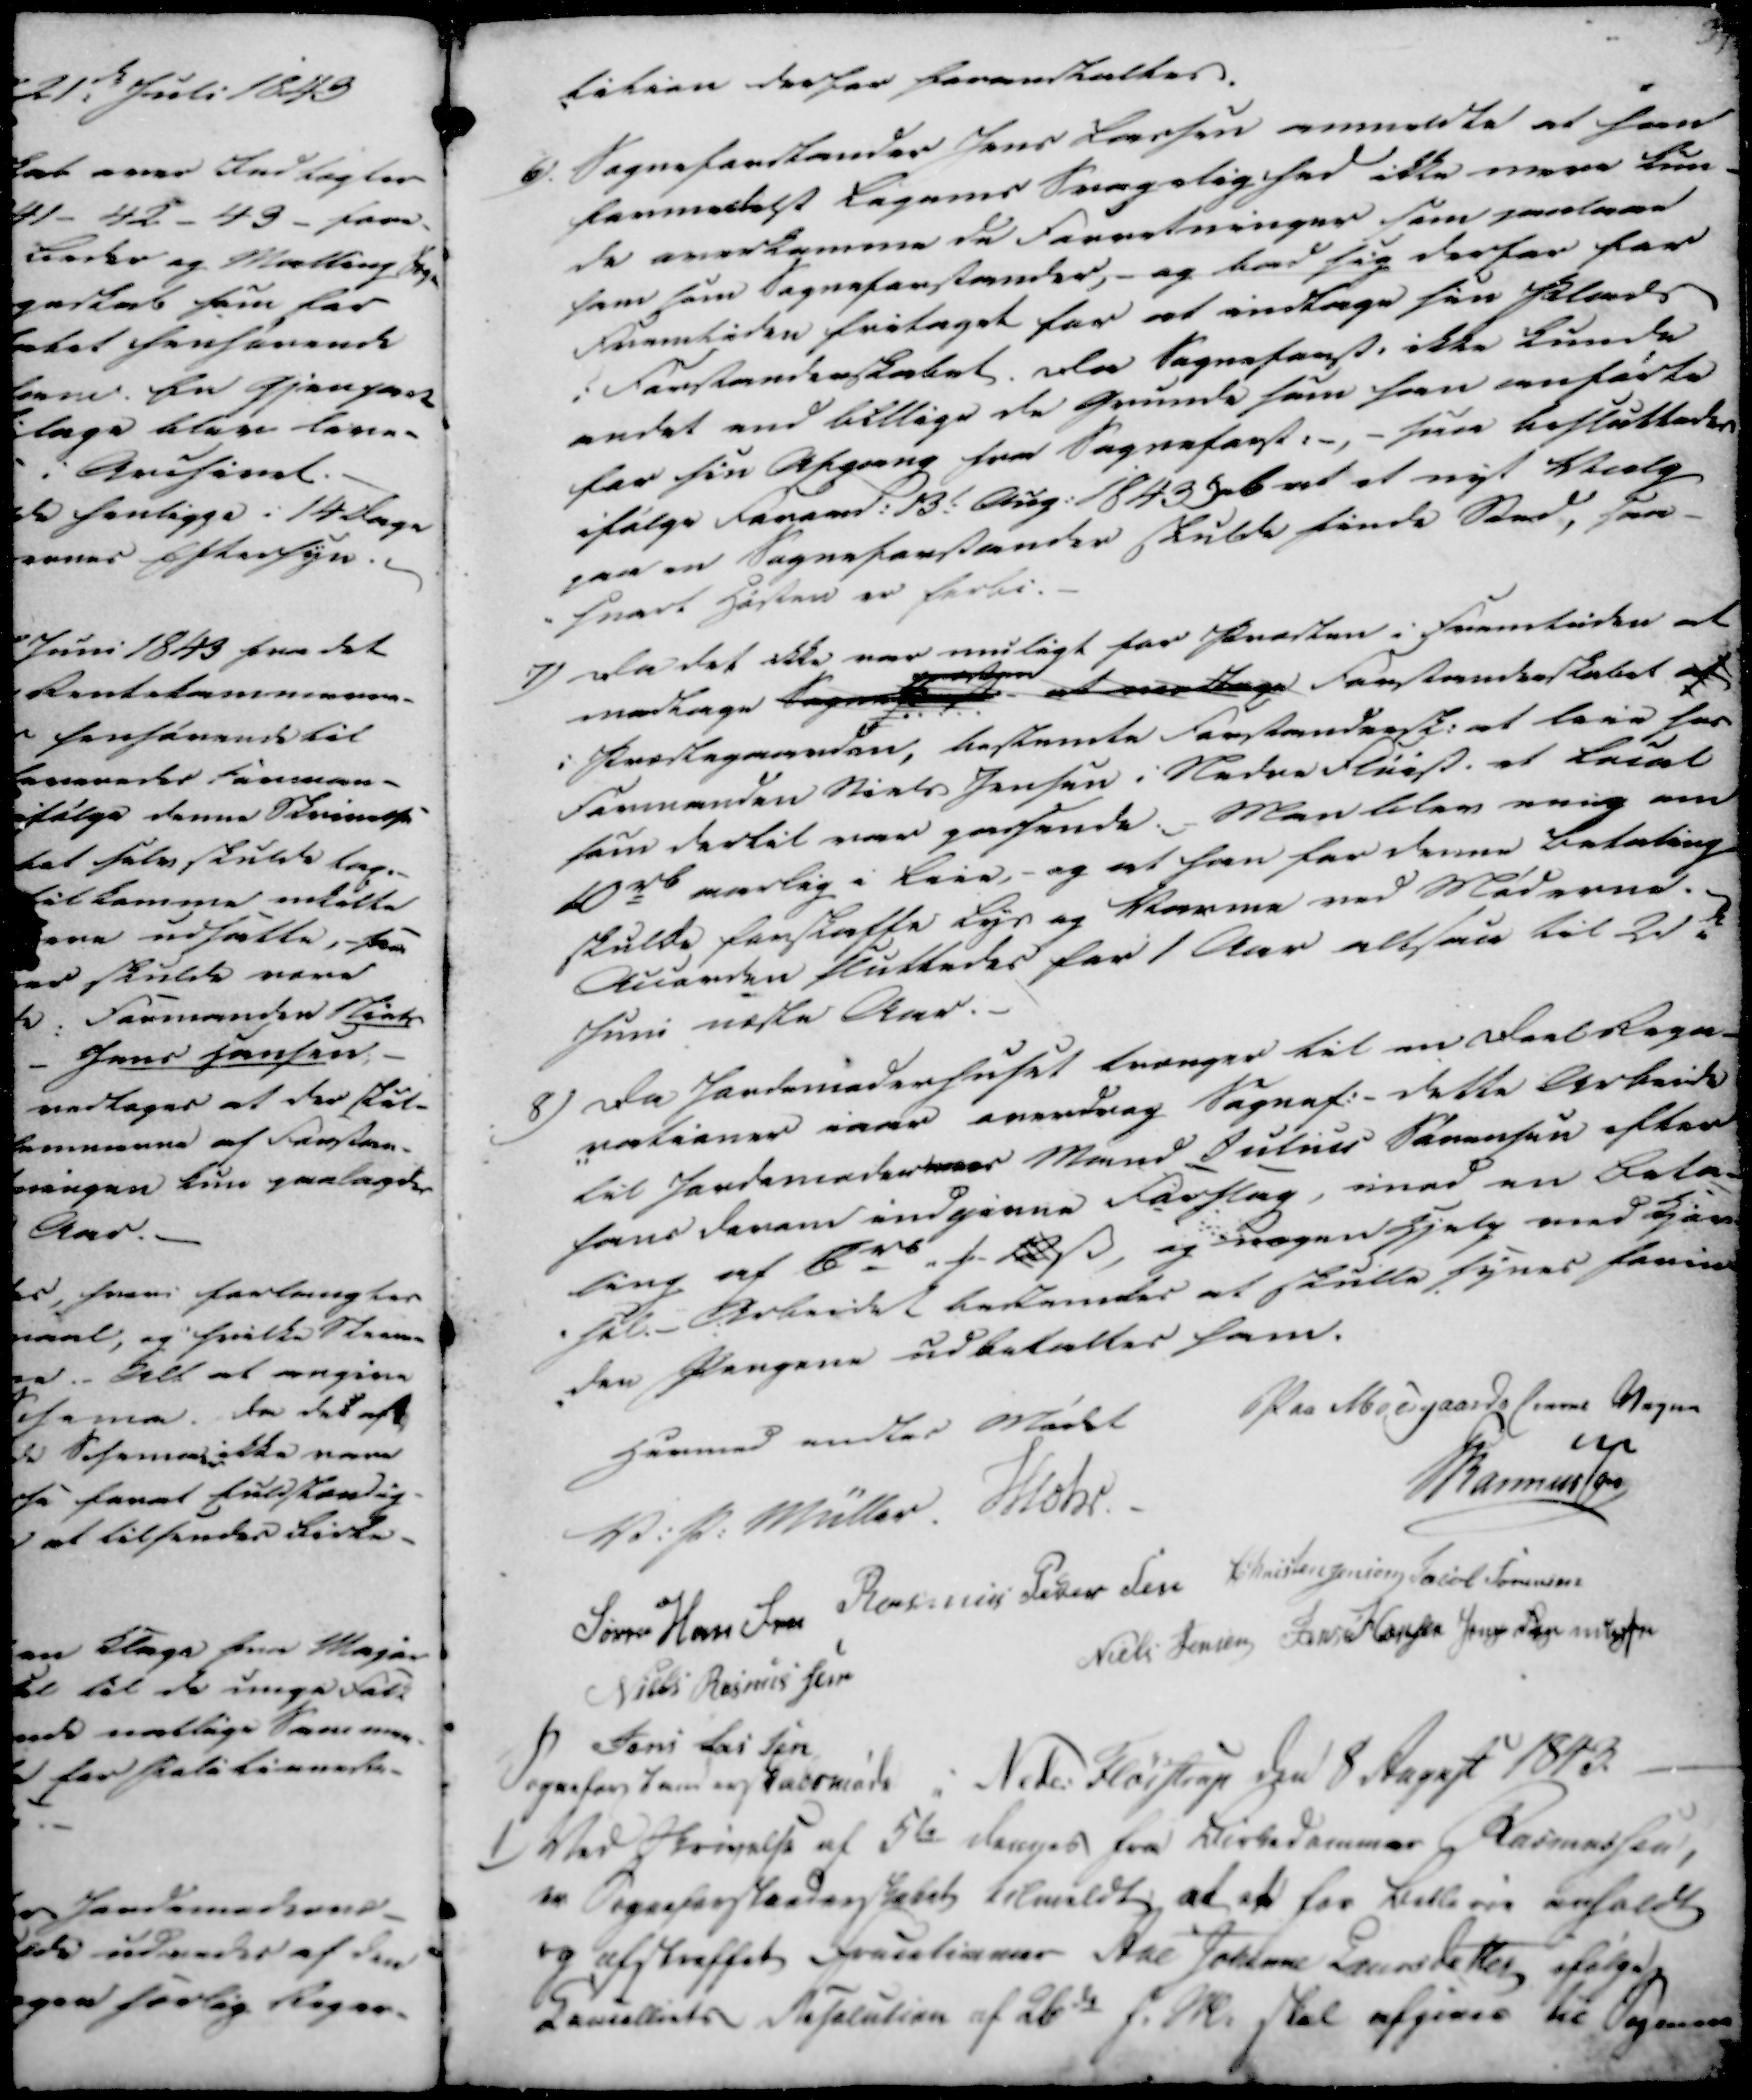
Transskription:
kikien derfor foranstaltes.

6).

Sognsforstander Jens Larsen anmeldte at han
fammetegt Ligemes Svagelighed ikke mere kun-
de overkomme de forretninger som paalaae
ham som Sogneforstander, - og bad sig derfor for
fremtiden fritaget for at indtage sin Plads
i Forstanderskabet. Da Sogneforst. ikke kunde
andet end billige de Grunde som han anførte
her sin Afgang fra Sogneforst. -,- som besluttedes
ifølge Favam: 13. Aug. 1843 ... at et nyt Valg
paa en Sogneforstander skulde finde Sted, saa-
-snart Høsten er forbi.

7)

Da det ikke var muligt for Præsten i Fremtiden at
modtage Sogneforst. ... at modttage Forstanderskabet af
i Præstegaarden, bestemte Forstandersk. at leie for
Formanden Niels Jensen i Nedre Fløist. et Leiet
som dertil var passende. Man blev enig om
10rd aarlig i Leie, - og at han for denne Betaling
skulde han skaffe Lys og Varme ved Møderne.
Auarken sluttedes for 1 Aar altsaa til 21de
Juni næste Aar.

8)

Da Jordmoderhuset trænger til en Deel Regn-
-rationer naar overdrag Sognaf.- dette Arbeide
til Jordemoder Mand Julius Sørensen efter
hans danem indgivne Forslag, imod en Beta-
ling af 6 rd 12 ẞ, og Smogen Hjalp med Kan-
-sel. - Arbeidet bestemtes at skulle synes fanin
-den Pengene udbetaltes ham.

Hermed endtes Mødet

Paa Moesgaards Comm. Vegne
~
Rasmussen

V. P. Müller.
Mohr.
Søren Han Sen
Rasmus Peder Sen
Christen Jensen
Jacob Sørensen
Niels Rasmusen
Niels Jensen
Jens Hansen
Jørgen Rasmussen
Jens Lassen

Sogneforstanderskabsmøde i Neder Fløistrup den 8 August 1843.

1)

Ved Skrivelse af 5de dennes fra Birkedommer Rasmussen,
er Sogneforstanderskabet tilmeldt at af for Lestlari anholdt
og afstraffet Fruentimmer Ane Johanne Laursdatter ifølge
Lavillets Resolution af 26de f. M. skal afgives til Sognene